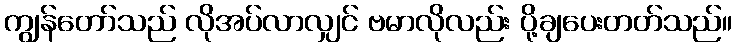
ကျွန်တော်သည် လိုအပ်လာလျှင် ဗမာလိုလည်း ပို့ချပေးတတ်သည်။